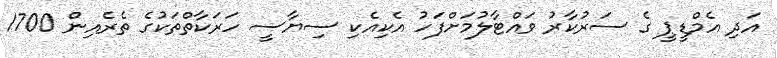
އަދި އެމްޑީޕީ ގެ ސަރުކާރު ވައްޓާލުމަށްފަހު އެކިއެކި ސިޔާސީ ހަރަކާތްތަކުގެ ތެރެއިން 1700